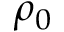
\rho _ { 0 }